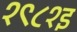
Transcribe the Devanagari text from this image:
१९८१इ